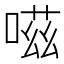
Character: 嗞